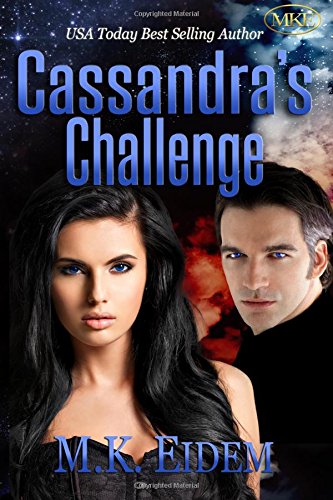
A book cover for Cassandra's Challenge (Imperial) (Volume 1); M.K. Eidem; Romance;